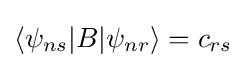
\langle \psi _{ns}|B|\psi _{nr}\rangle =c_{rs}